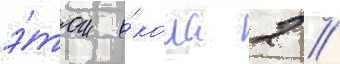
э́том о́коло 2 /